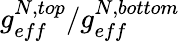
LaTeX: g_{eff}^{N,top}/g_{eff}^{N,bottom}